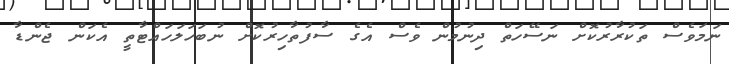
ނަމަވެސް ތަކުރާރުކޮށް ނަސޭހަތް ދިނުމުން ވެސް އެގެ ސާފުތާހިރުކޮށް ނުބަހަލަހައްޓާތީ އެކަން ޖެންޑާ